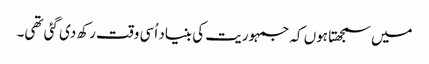
میں سمجھتا ہوں کہ جمہوریت کی بنیاد اُسی وقت رکھ دی گئی تھی۔